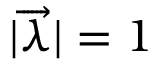
| \overrightarrow { \lambda } | = 1